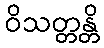
ဝိသတ္တန္တိ